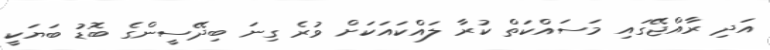
އަދި ރާއްޖޭގައި މަސައްކަތް ކުރާ ލައްކައަކަށް ވުރެ ގިނަ ބިދޭސީންގެ ބޮޑު ބަޔަކީ